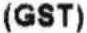
(GST)